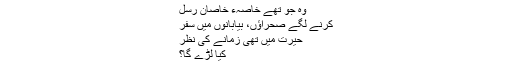
وہ جو تھے خاصہءِ خاصانِ رُسل
کرنے لگے صحراؤں، بیابانوں میں سفر
حیرت میں تھی زمانے کی نظر
کیا لڑے گا؟